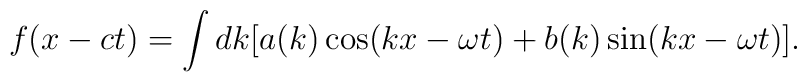
f(x-ct)=\int dk[a(k)\cos (kx-\omega t)+b(k)\sin (kx-\omega t)].